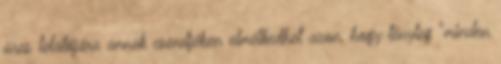
üres lelátójára annak csendjében elmélkedhet azon, hogy tényleg "minden